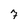
Character: 7